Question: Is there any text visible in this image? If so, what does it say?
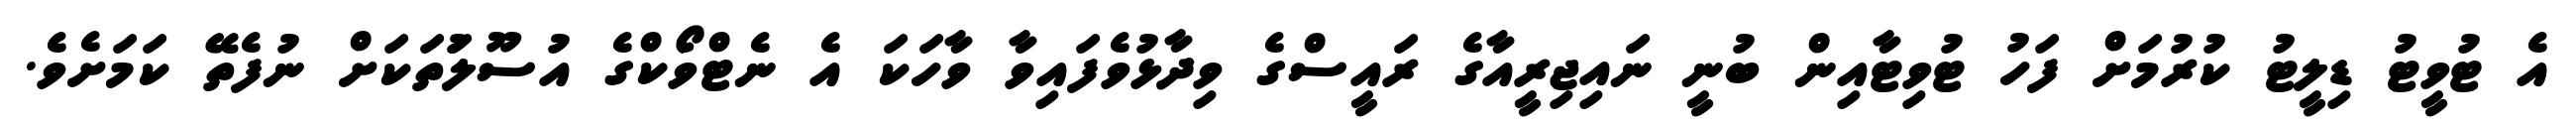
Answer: އެ ޓުވީޓު ޑިލީޓު ކުރުމަށް ފަހު ޓުވިޓާއިން ބުނީ ނައިޖިރީއާގެ ރައީސްގެ ވިދާޅުވެފައިވާ ވާހަކަ އެ ނެޓްވޯކްގެ އުސޫލުަތަކަށް ނުފެތޭ ކަމަށެވެ.